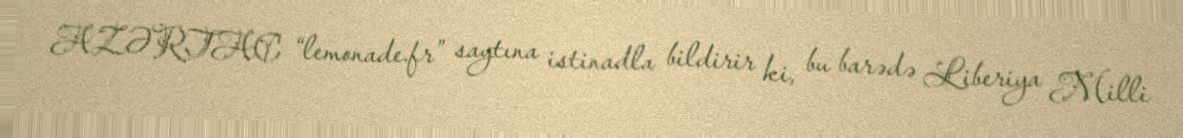
AZƏRTAC “lemonade.fr” saytına istinadla bildirir ki, bu barədə Liberiya Milli